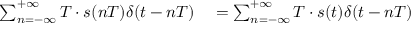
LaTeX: \begin{array} { r l } { \sum _ { n = - \infty } ^ { + \infty } T \cdot s ( n T ) \delta ( t - n T ) } & { { } = \sum _ { n = - \infty } ^ { + \infty } T \cdot s ( t ) \delta ( t - n T ) } \end{array}